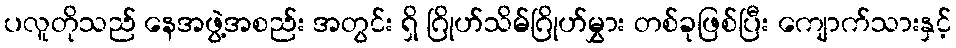
ပလူတိုသည် နေအဖွဲ့အစည်း အတွင်း ရှိ ဂြိုဟ်သိမ်ဂြိုဟ်မွှား တစ်ခုဖြစ်ပြီး ကျောက်သားနှင့်